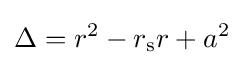
\Delta =r^{2}-r_{\text{s}}r+a^{2}